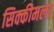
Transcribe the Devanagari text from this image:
सिक्कीमला